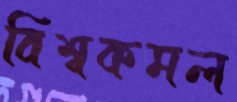
বিশ্বকমল